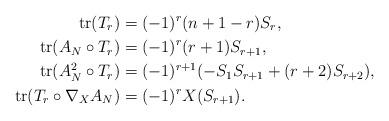
LaTeX: \begin{align*} \mathrm{tr}(T_{r}) & =(-1)^{r}(n+1-r) S_{r},\\ \mathrm{tr}(A_{N}\circ T_{r}) & =(-1)^{r}(r+1)S_{r+1},\\ \mathrm{tr}(A_{N}^{2}\circ T_{r}) & =(-1)^{r+1}(-S_{1} S_{r+1} + (r + 2) S_{r+2}),\\ \mathrm{tr}(T_{r}\circ\nabla_{X} A_{N})& = (-1)^{r}X(S_{r+1}).\end{align*}